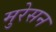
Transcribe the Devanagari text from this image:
मुरेसन